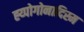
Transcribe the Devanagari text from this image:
ह्य्पोगोनादिस्म